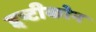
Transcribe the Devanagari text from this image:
द्दष्टीकोन